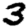
Digit: 3